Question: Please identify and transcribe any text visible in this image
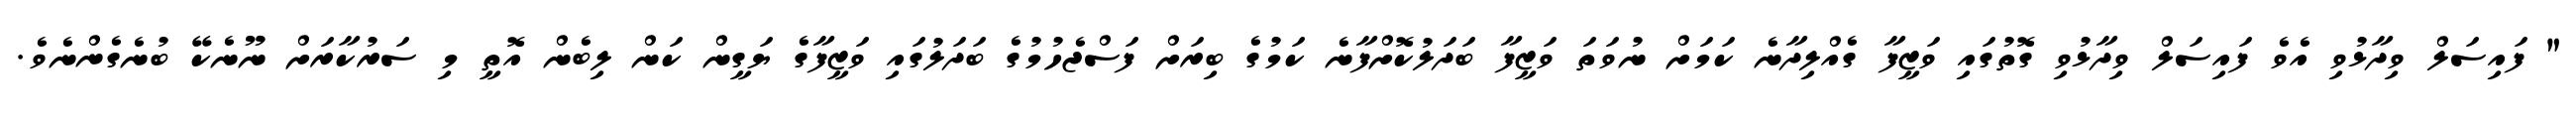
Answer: " ފައިސަލް ވިދާޅުވި އެވެ ފައިސަލް ވިދާޅުވި ގޮތުގައި ވަޒީފާ ގެއްލިދާނެ ކަމަށް ނުވަތަ ވަޒީފާ ބަދަލުކޮށްފާނެ ކަމުގެ ބިރަށް ފަސްޖެހުމުގެ ބަދަލުގައި ވަޒީފާގެ ޔަގީން ކަން ލިބެން އޮތީ މި ސަރުކާރަށް ނޫނެކޭ ބުނެގެންނެވެ.